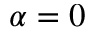
\alpha = 0